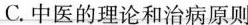
C.中医的理论和治病原则